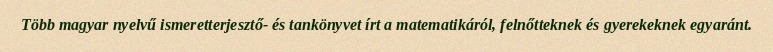
Több magyar nyelvű ismeretterjesztő- és tankönyvet írt a matematikáról, felnőtteknek és gyerekeknek egyaránt.